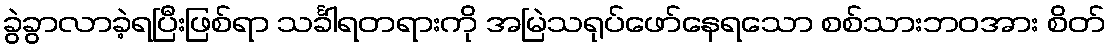
ခွဲခွာလာခဲ့ရပြီးဖြစ်ရာ သင်္ခါရတရားကို အမြဲသရုပ်ဖော်နေရသော စစ်သားဘဝအား စိတ်